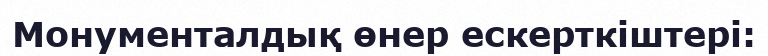
Монументалдық өнер ескерткіштері: